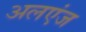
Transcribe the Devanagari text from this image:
अलएंज